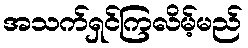
အသက်ရှင်ကြလိမ့်မည်